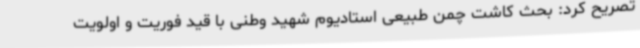
تصریح کرد: بحث کاشت چمن طبیعی استادیوم شهید وطنی با قید فوریت و اولویت